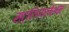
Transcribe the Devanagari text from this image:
स्ट्रिडयलेशन